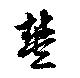
豐